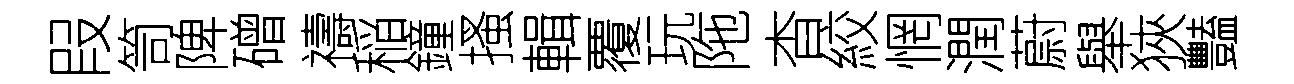
叚笥陴磳禱稲鐘搔輯覆玩陁杳絞惘潤蔚舉狹豔